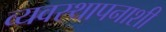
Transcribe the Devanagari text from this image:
व्यवस्थापनाशी